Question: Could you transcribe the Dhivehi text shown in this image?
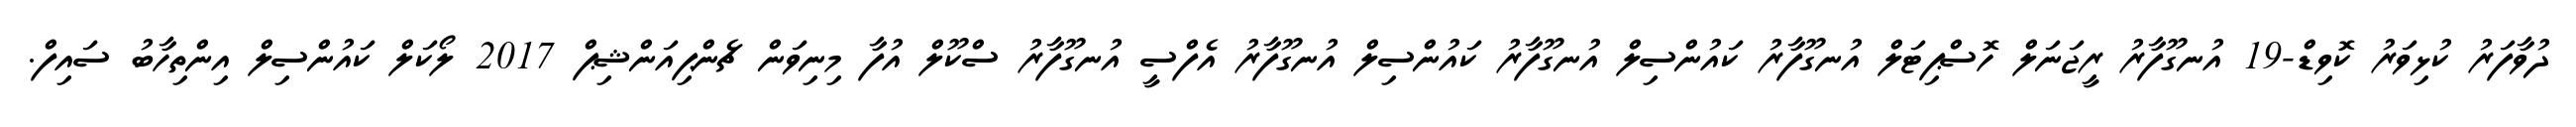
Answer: ދުވާފަރު ކުޅިވަރު ކޮވިޑް-19 އުނގޫފާރު ރީޖަނަލް ހޮސްޕިޓަލް އުނގޫފާރު ކައުންސިލް އުނގޫފާރު ކައުންސިލް އުނގޫފާރު އެފްސީ އުނގޫފާރު ސްކޫލް އުފާ މިނިވަން ޗެންޕިއަންޝިޕް 2017 ލޯކަލް ކައުންސިލް އިންތިހާބު ސައިފް.